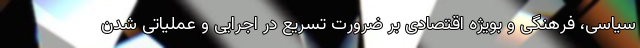
سیاسی، فرهنگی و بویژه اقتصادی بر ضرورت تسریع در اجرایی و عملیاتی شدن